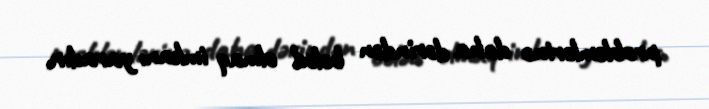
problemlərinə daha dərindən bələd olmaq imkanı yaradır.